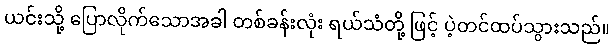
ယင်းသို့ ပြောလိုက်သောအခါ တစ်ခန်းလုံး ရယ်သံတို့ ဖြင့် ပဲ့တင်ထပ်သွားသည်။